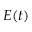
E ( t )